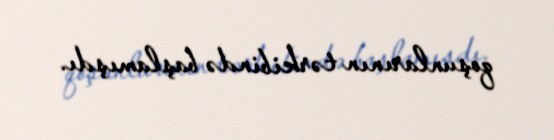
qoşunlarının tərkibində başlamışdı.